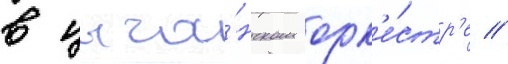
в цыга́нском орк'е́стр'е //